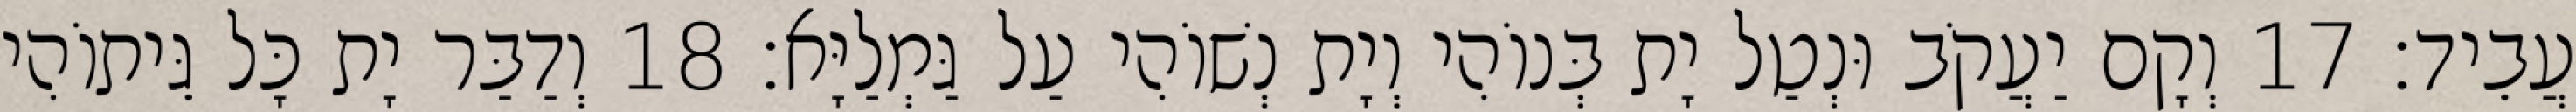
עֲבֵיד׃ 17 וְקָם יַעֲקֹב וּנְטַל יָת בְּנוֹהִי וְיָת נְשׁוֹהִי עַל גַּמְלַיָּא׃ 18 וְדַבַּר יָת כָּל גֵּיתוֹהִי